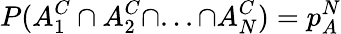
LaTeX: P(A_{1}^{C}\cap A_{2}^{C}\cap...\cap A_{N}^{C})=p_{A}^{N}